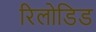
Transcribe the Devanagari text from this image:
रिलोडिड